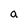
Character: a